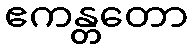
ဧကန္တတော